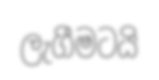
ලැගීමටයි